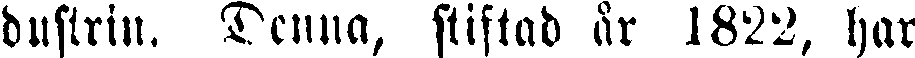
dustrin. Denna, stiftad år 1822, har